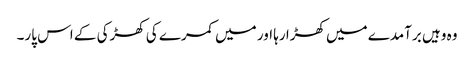
وہ وہیں برآمدے میں کھڑا رہا اور میں کمرے کی کھڑکی کے اس پار۔